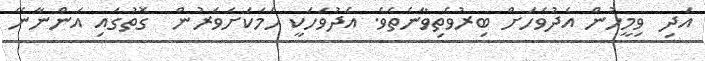
އަދި  ވިމީހުން އެދުވަހަށް ބިރުވެތިވާނެތެވެ. އެދުވަހަކީ ހަމަކަށަވަރުން  ގޮތުގައި އަންނާނޭ